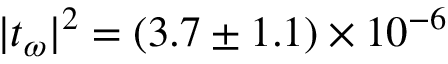
| t _ { \omega } | ^ { 2 } = ( 3 . 7 \pm 1 . 1 ) \times 1 0 ^ { - 6 }